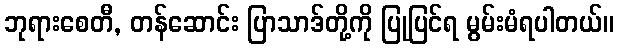
ဘုရားစေတီ, တန်ဆောင်း ပြာသာဒ်တို့ကို ပြုပြင်ရ မွမ်းမံရပါတယ်။